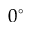
0 ^ { \circ }